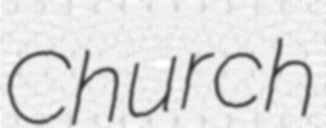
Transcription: Church